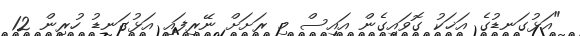
"އަޅުގަނޑުގެ އަޚަކު ގޮވައިގެން އައިސް މި ރަށަށް ނޭރިފައި އަޅުގަނޑު ހުރިން 12